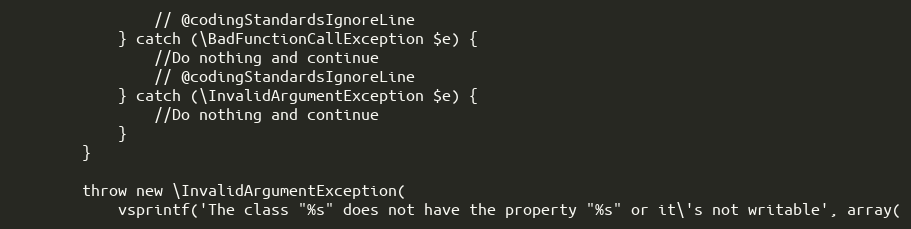
Language: PHP
                // @codingStandardsIgnoreLine
            } catch (\BadFunctionCallException $e) {
                //Do nothing and continue
                // @codingStandardsIgnoreLine
            } catch (\InvalidArgumentException $e) {
                //Do nothing and continue
            }
        }

        throw new \InvalidArgumentException(
            vsprintf('The class "%s" does not have the property "%s" or it\'s not writable', array(